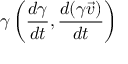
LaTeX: \gamma \left( { \frac { d \gamma } { d t } } , { \frac { d ( \gamma { \vec { v } } ) } { d t } } \right)